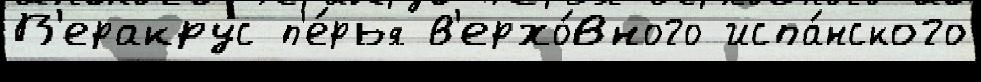
В'еракрус п'е́рья в'ерхо́вного испа́нского